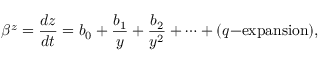
\beta ^ { z } = \frac { d z } { d t } = b _ { 0 } + \frac { b _ { 1 } } { y } + \frac { b _ { 2 } } { y ^ { 2 } } + \dots + ( q \mathrm { - e x p a n s i o n } ) ,